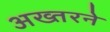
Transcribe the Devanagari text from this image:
अख्तरने